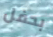
بحفل